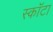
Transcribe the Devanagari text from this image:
स्कॉटा